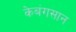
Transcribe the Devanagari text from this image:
केबंगसान